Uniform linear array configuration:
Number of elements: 32
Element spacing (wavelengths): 0.5
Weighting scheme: kaiser
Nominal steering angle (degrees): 60
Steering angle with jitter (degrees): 59.103
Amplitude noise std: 0.05
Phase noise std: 0.05

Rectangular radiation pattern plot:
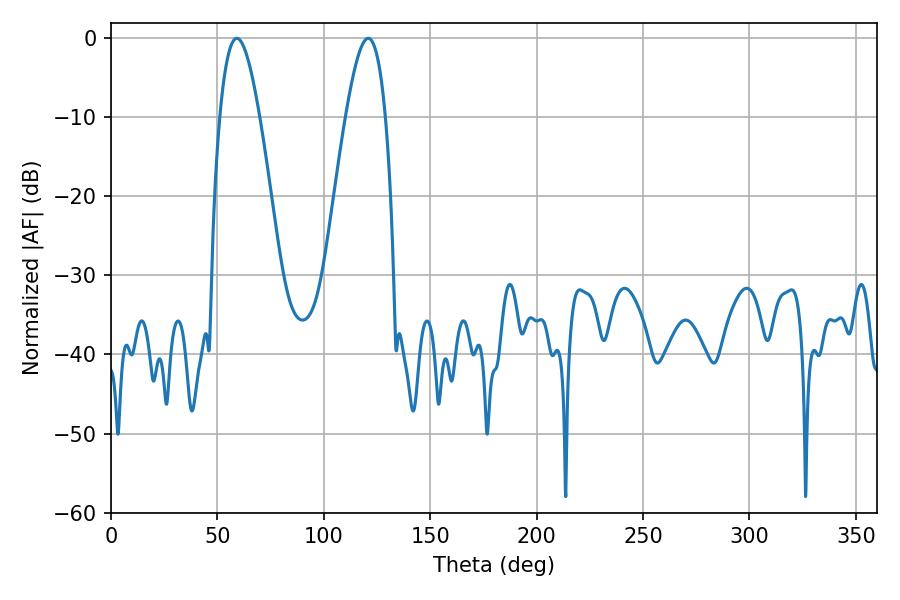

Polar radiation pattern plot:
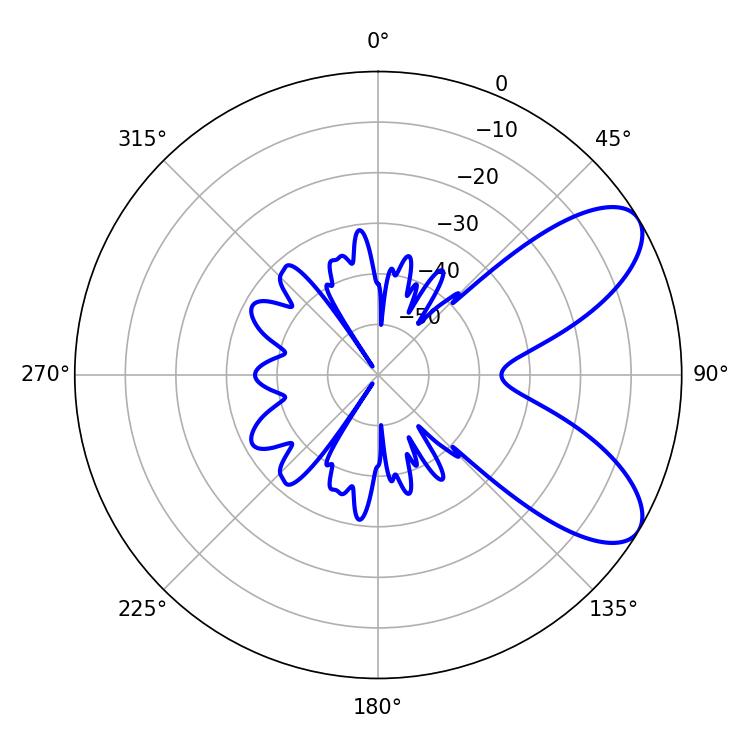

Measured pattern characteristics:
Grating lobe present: FALSE
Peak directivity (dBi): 7.809
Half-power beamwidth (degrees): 10.08
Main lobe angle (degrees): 59.04